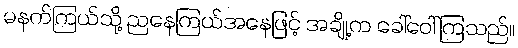
မနက်ကြယ်သို့ ညနေကြယ်အနေဖြင့် အချို့က ခေါ်ဝေါ်ကြသည်။